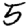
Digit: 5